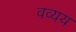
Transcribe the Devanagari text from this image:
वव्यय